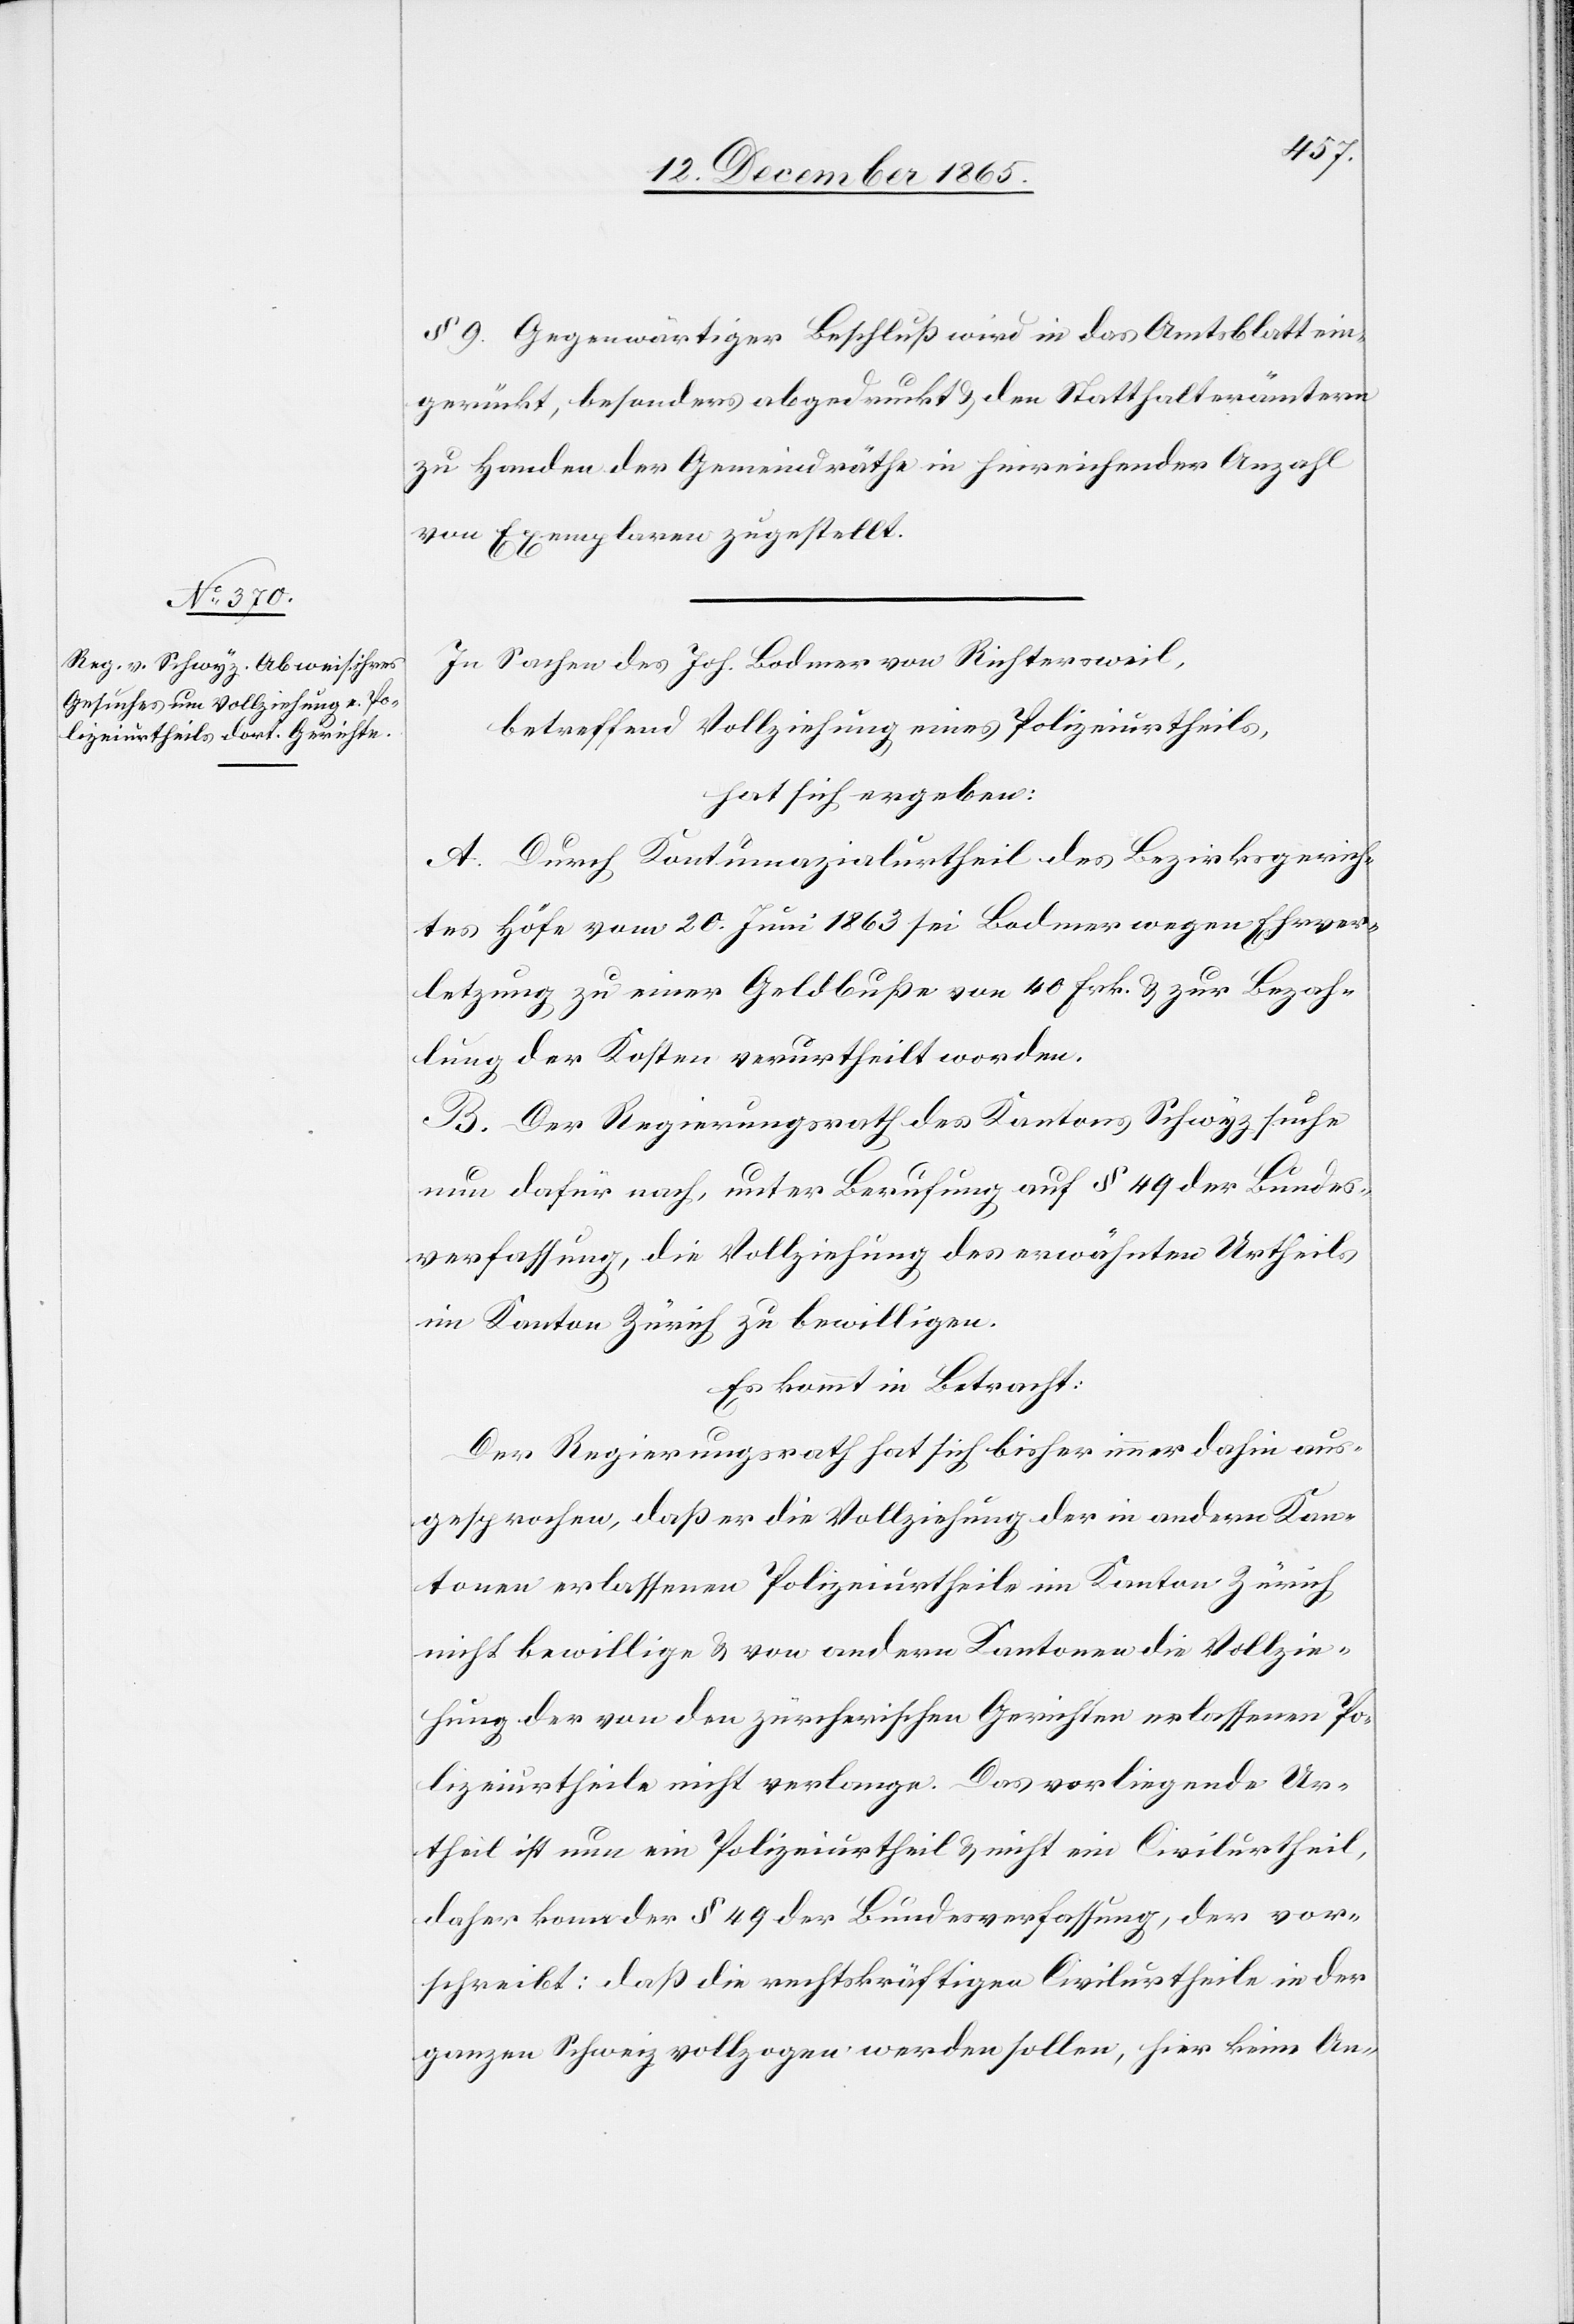
§ 9 Gegenwärtiger Beschluß wird in das Amtsblatt ein¬
gerückt, besonders abgedruckt & den Statthalterämtern
zu Handen der Gemeindräthe in hinreichender Anzahl
von Exemplaren zugestellt.
In Sachen des Joh. Bodmer von Richtersweil,
betreffend Vollziehung eines Polizeiurtheils,
hat sich ergeben:
A. Durch Kontimazialurtheil des Bezirksgerich¬
tes Höfe vom 20. Juni 1863 sei Bodmer wegen Ehrver¬
letzung zu einer Geldbuße von 40 Frk. & zur Bezah¬
lung der Kosten verurtheilt worden.
B. Der Regierungsrath des Kantons Schwyz suche
nun dafür nach, unter Berufung auf § 49 der Bundes¬
verfassung, die Vollziehung des erwähnten Urtheils
im Kanton Zürich zu bewilligen.
Es kommt in Betracht:
Der Regierungsrath hat sich bisher immer dahin aus¬
gesprochen, daß er die Vollziehung der in andern Kan¬
tonen erlassenen Polizeiurtheile im Kanton Zürich
nicht bewillige & von andern Kantonen die Vollzie¬
hung der von den zürcherischen Gerichten erlassenen Po¬
lizeiurtheile nicht verlange. Das vorliegende Ur¬
theil ist nun ein Polizeiurtheil & nicht ein Civilurtheil,
daher kann der § 49 der Bundesverfassung, der vor¬
schreibt: daß die rechtskräftigen Civilurtheile in der
ganzen Schweiz vollzogen werden sollen, hier keine An-